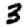
Digit: 3